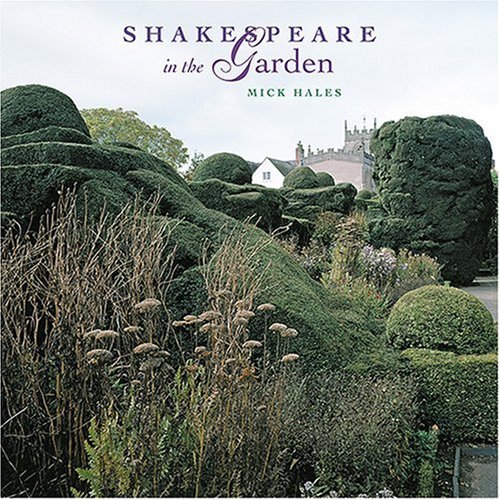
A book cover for Shakespeare in the Garden; Mick Hales; Crafts, Hobbies & Home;